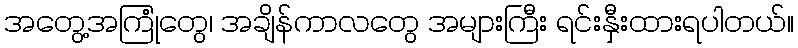
အတွေ့အကြုံတွေ၊ အချိန်ကာလတွေ အများကြီး ရင်းနှီးထားရပါတယ်။